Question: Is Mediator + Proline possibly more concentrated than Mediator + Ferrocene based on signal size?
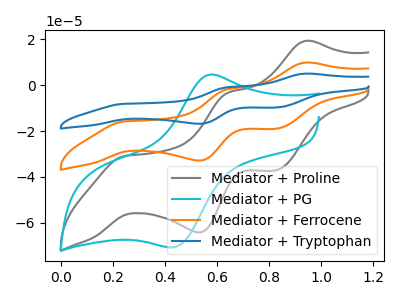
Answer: <think>The gray curve "Mediator + Proline" has anodic peaks at (0.95V, 19.35uA) (0.65V, -3.30uA) and cathodic peaks at (0.25V, -30.80uA) (0.55V, -64.15uA) (0.85V, -37.10uA). The cyan curve "Mediator + PG" has an anodic peak at (0.55V, 4.50uA) and a cathodic peak at (0.45V, -70.70uA). The orange curve "Mediator + Ferrocene" has anodic peaks at (0.95V, 9.90uA) (0.65V, -1.70uA) and cathodic peaks at (0.25V, -15.75uA) (0.55V, -32.85uA) (0.85V, -18.95uA). The blue curve "Mediator + Tryptophan" has anodic peaks at (0.95V, 19.80uA) (0.65V, -3.35uA) and cathodic peaks at (0.25V, -31.50uA) (0.55V, -65.65uA) (0.85V, -37.95uA).
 All the peaks in "Mediator + Proline" have a peak in "Mediator + Ferrocene" at the same potential.</think>
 <answer>I cant tell if "Mediator + Proline" or "Mediator + Ferrocene" has more signal.</answer>
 <eval>mixed_signal</eval>